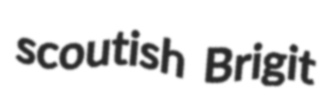
scoutish Brigit